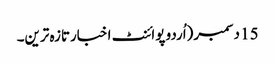
15 دسمبر(اُردو پوائنٹ اخبارتازہ ترین۔